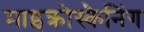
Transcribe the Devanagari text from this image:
माइक्रोस्कैनिंग